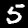
Digit: 5